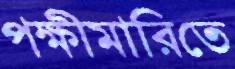
পক্ষীমারিতে